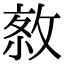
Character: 𢽮